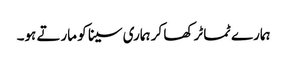
ہمارے ٹماٹر کھا کر ہماری سینا کو مارتے ہو۔